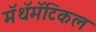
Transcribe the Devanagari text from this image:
मॅथॅमॅटिकल